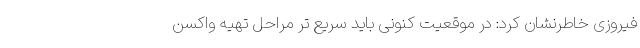
فیروزی خاطرنشان کرد: در موقعیت کنونی باید سریع تر مراحل تهیه واکسن